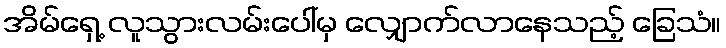
အိမ်ရှေ့ လူသွားလမ်းပေါ်မှ လျှောက်လာနေသည့် ခြေသံ။